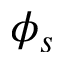
\phi _ { s }